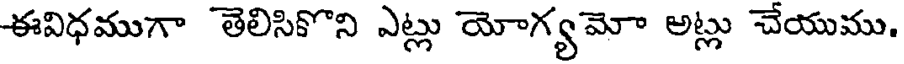
ఈవిధముగా తెలిసికొని ఎట్లు యోగ్య మో అట్లు చేయుము,